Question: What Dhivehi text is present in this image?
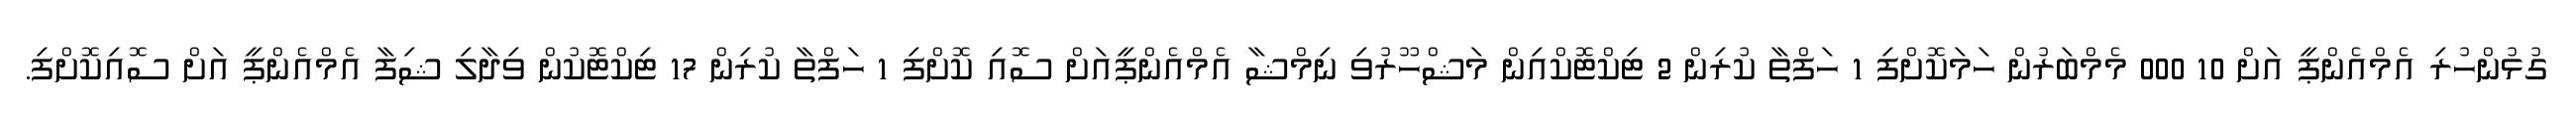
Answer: ގުޅުންހުރި އެމްއެންޕީ އަށް 10 000 މެމްބަރުން ހަމަކޮށްފި 1 ހަފްތާ ކުރިން 2 ޓިކްޓޮކްއިން މަޝްހޫރުވި ނިމްޝާ އެމްއެންޕީއަށް ސޮއި ކޮށްފި 1 ހަފްތާ ކުރިން 17 ޓިކްޓޮކުން ވިދާލި ޝިފާ އެމްއެންޕީ އަށް ސޮއިކޮށްފި.